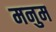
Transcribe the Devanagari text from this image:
मनुम